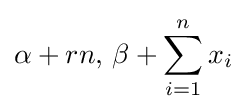
\alpha +rn,\,\beta +\sum _{i=1}^{n}x_{i}\!